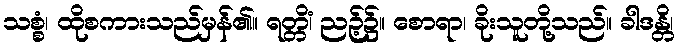
သစ္စံ၊ ထိုစကားသည်မှန်၏။ ရတ္တိံ၊ ညဉ့်၌။ စောရာ၊ ခိုးသူတို့သည်။ ခါဒန္တိ၊